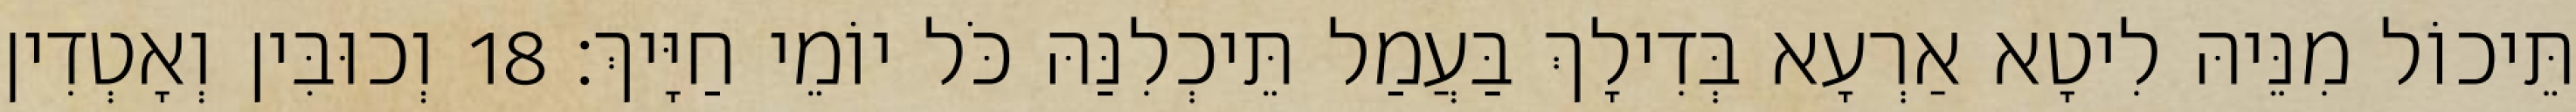
תֵּיכוֹל מִנֵּיהּ לִיטָא אַרְעָא בְּדִילָךְ בַּעֲמַל תֵּיכְלִנַּהּ כֹּל יוֹמֵי חַיָּיךְ׃ 18 וְכוּבִּין וְאָטְדִין